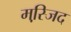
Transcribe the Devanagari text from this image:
मस्जि़द